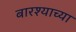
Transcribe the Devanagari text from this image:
बारश्याच्या